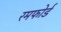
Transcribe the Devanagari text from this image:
रमफोर्ड